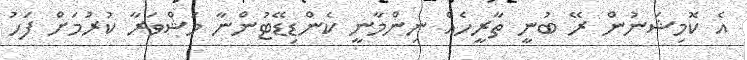
އެ ކޮމިޝަނުން ރޭ ބުނީ ތާރީހެއް ނިންމާނީ ކެންޑިޑޭޓުންނާ މަޝްވަރާ ކުރުމަށް ފަހު